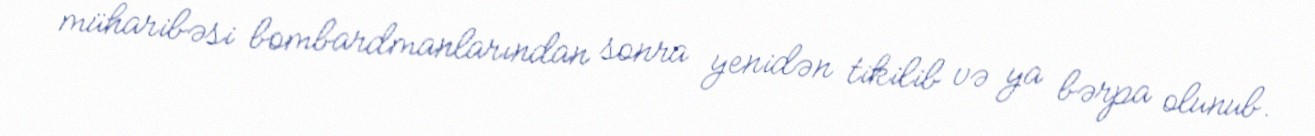
müharibəsi bombardmanlarından sonra yenidən tikilib və ya bərpa olunub.